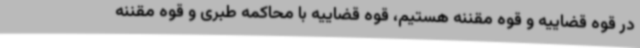
در قوه قضاییه و قوه مقننه هستیم، قوه قضاییه با محاکمه طبری و قوه مقننه